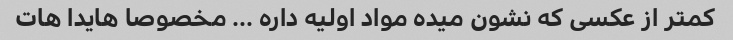
کمتر از عکسی که نشون میده مواد اولیه داره … مخصوصا هایدا هات